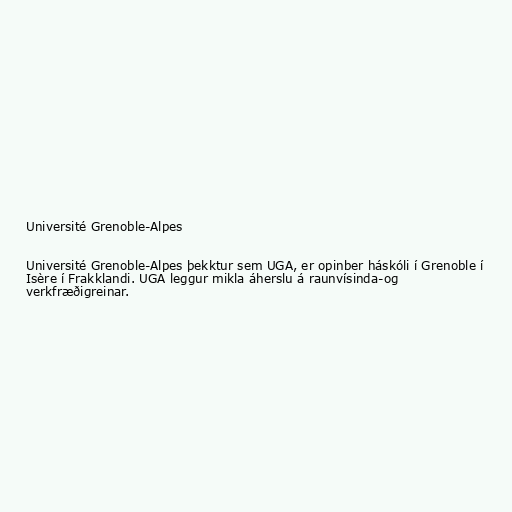
Université Grenoble-Alpes

Université Grenoble-Alpes þekktur sem UGA, er opinber háskóli í Grenoble í
Isère í Frakklandi. UGA leggur mikla áherslu á raunvísinda-og
verkfræðigreinar.